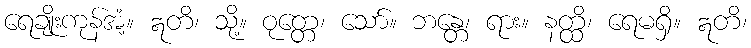
ရေချိုးကုန်အံ့။ ဣတိ၊ သို့။ ဝုတ္တေ၊ သော်။ ဘန္တေ၊ ရား။ နတ္ထိ၊ ရေမရှိ။ ဣတိ၊